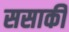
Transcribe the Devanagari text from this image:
ससाकी